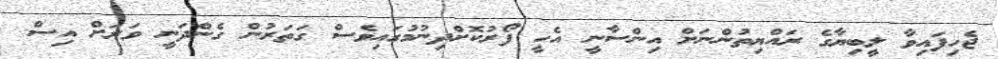
ޖެހިފައިވާ ލީބިޔާގެ ރައްޔިތުންނަށް އިންސާނީ އެހީ ފޯރުކޮށްދިނުމުގައިވެސް ގަތަރުން ގެންދަނީ ވަރަށް އިސް